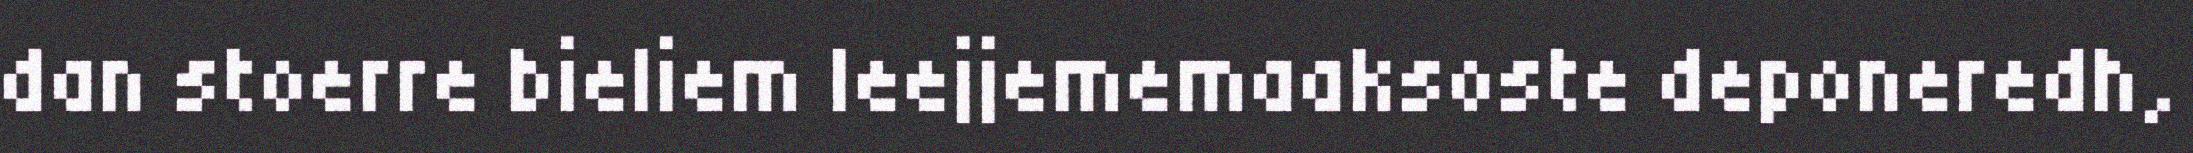
dan stoerre bieliem leejjememaaksoste deponeredh,